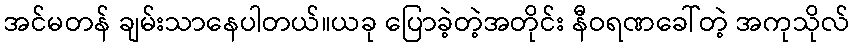
အင်မတန် ချမ်းသာနေပါတယ်။ယခု ပြောခဲ့တဲ့အတိုင်း နီဝရဏခေါ်တဲ့ အကုသိုလ်